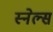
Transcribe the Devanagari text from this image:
स्नेल्स